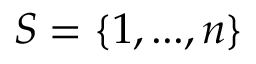
S = \{ 1 , . . . , n \}